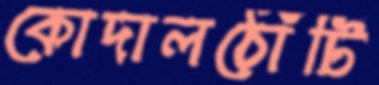
কোদালঠোঁটি